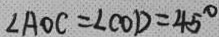
\angle A O C = \angle C O D = 4 5 ^ { \circ }